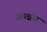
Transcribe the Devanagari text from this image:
उच्च्चार